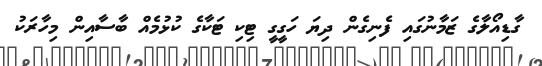
ގާޑިއޯލާގެ ޒަމާނުގައި ފެނިގެން ދިޔަ ހަގީގީ ޓިކި ޓަކާގެ ކުޅުމެއް ބާސާއިން މިހާރަކު